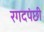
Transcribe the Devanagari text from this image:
रगदपंछी